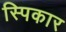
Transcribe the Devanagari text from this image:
स्पिकार